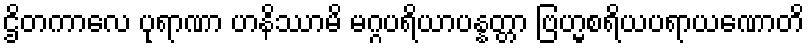
ဌိတကာလေ ပုရာဏာ ဟနိဿာမိ မဂ္ဂပရိယာပန္နတ္တာ ဗြဟ္မစရိယပရာယဏောတိ